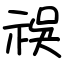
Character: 祦